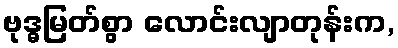
ဗုဒ္ဓမြတ်စွာ လောင်းလျာတုန်းက,